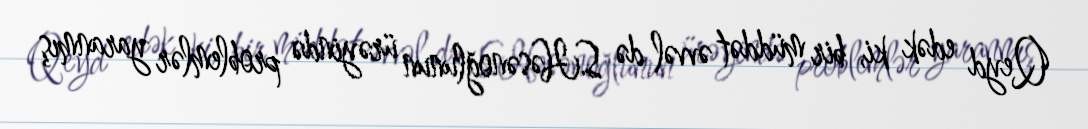
Qeyd edək ki, bir müddət əvvəl də S.Həsənoğlunun ürəyində problemlər yaranmış